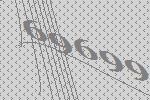
69699